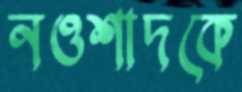
নওশাদকে